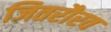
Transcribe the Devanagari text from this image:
जितरौरव